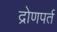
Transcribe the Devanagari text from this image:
द्रोणपर्त